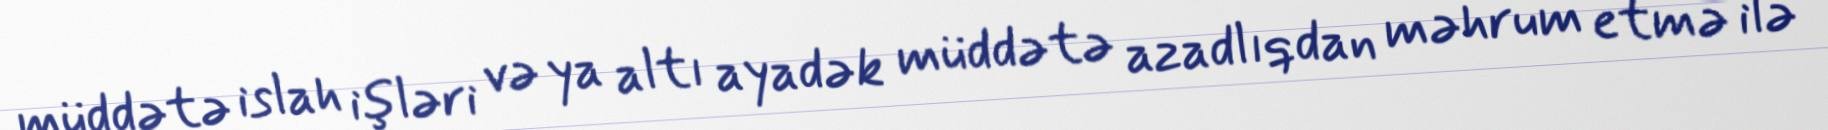
müddətə islah işləri və ya altı ayadək müddətə azadlıqdan məhrum etmə ilə